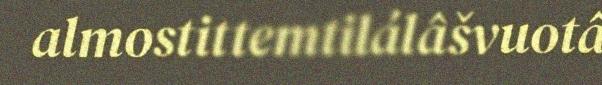
almostittemtilálâšvuotâ